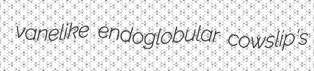
vanelike endoglobular cowslip's